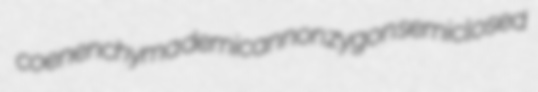
coenenchyma demicannon zygon semiclosed